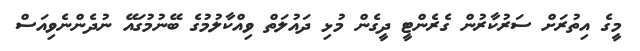
މީގެ އިތުރަށް ސަރުކާރުން ގެރެންޓީ ދީގެން މުޅި ދައުލަތް ވިއްކާލުމުގެ ބޭނުމުގައޭ ނުދެންނެވިއަސް